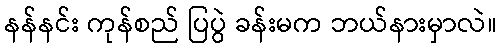
နန်နင်း ကုန်စည် ပြပွဲ ခန်းမက ဘယ်နားမှာလဲ။